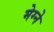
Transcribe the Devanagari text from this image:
मेग्ने